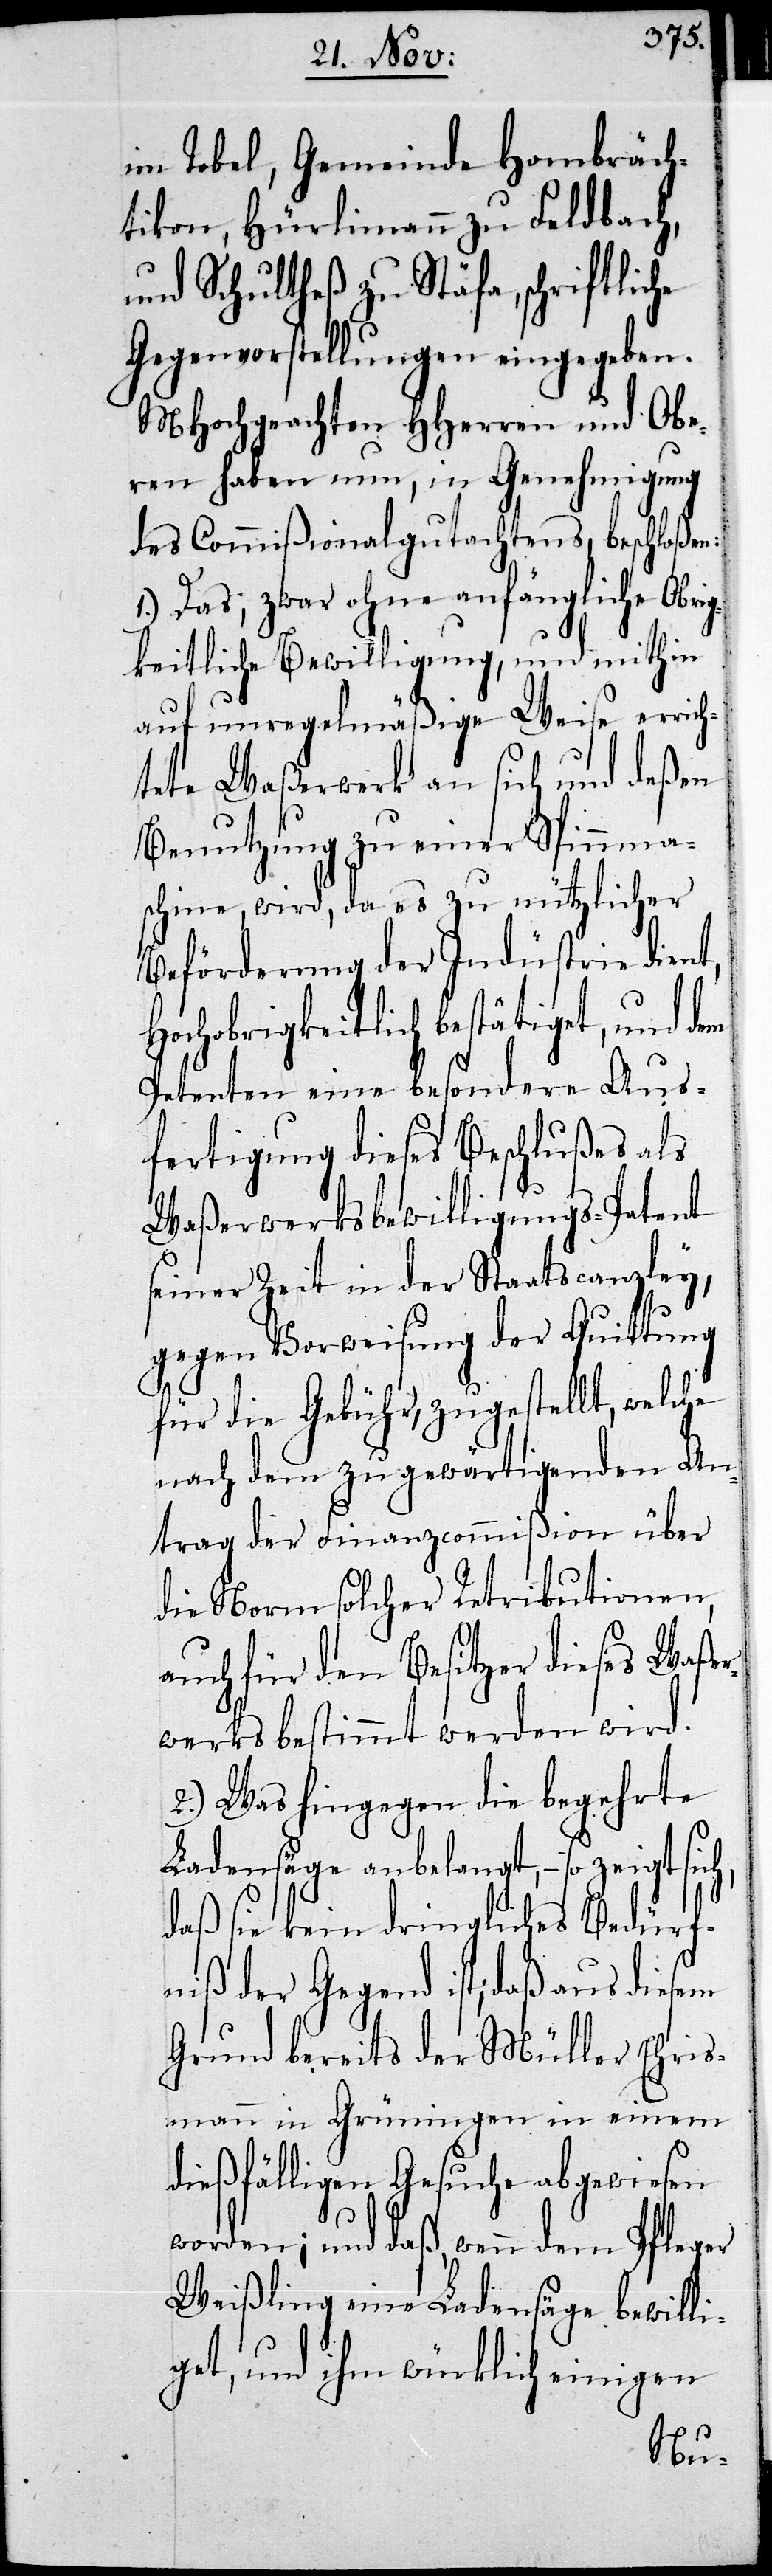
im Tobel, Gemeinde Hombräch¬
tikon, Hürlimann zu Feldbach,
und Schultheß zu Stäfa, schriftliche
Gegenvorstellungen eingegeben.
MHochgeachten HHerren und Obe¬
rn haben nun, in Genehmigung
des Commißionalgutachtens, beschloßen:
1.) Das, zwar ohne anfängliche Obri¬
gkeitliche Bewilligung, und mithin
auf unregelmäßige Weise errich¬
tete Waßerwerk an sich und deßen
Benutzung zu einer Spinnma¬
schine, wird, da es zu nützlicher
Beförderung der Industrie dient,
Hochobrigkeitlich bestätiget, und dem
Petenten eine besondere Aus¬
fertigung dieses Beschlußes als
Waßerwerksbewilligungs-Patent
seiner Zeit in der Staatscanzley,
gegen Vorweisung der Quittung
für die Gebühr, zugestellt, welche
nach dem zu gewärtigenden An¬
trag der Finanzcommißion über
die Norm solcher Retributionen,
auch für den Besitzer dieses Waßer¬
werks bestimmt werden wird.
2.) Was hingegen die begehrte
Ladensäge anbelangt, – so zeigt
daß sie kein dringliches Bedürf¬
niß der Gegend ist; daß aus diesem
Grund bereits der Müller Ehris¬
mann in Grüningen in einem
dießfälligen Gesuche abgewiesen
worden; und daß, wenn dem Pfleger
Weißling eine Ladensäge bewilli¬
get, und ihm würklich einigen